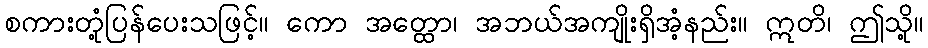
စကားတုံ့ပြန်ပေးသဖြင့်။ ကော အတ္ထော၊ အဘယ်အကျိုးရှိအံ့နည်း။ ဣတိ၊ ဤသို့။